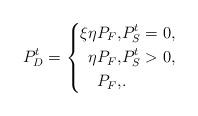
LaTeX: \begin{align*}P_{D}^{t} =\left\{\begin{aligned}\xi \eta P_{F}, &P_S^t = 0,\\\eta P_{F}, &P_S^t > 0 , \\ P_{F}, & .\end{aligned}\right. \end{align*}